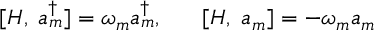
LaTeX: [ H , \; a _ { m } ^ { \dagger } ] = \omega _ { m } a _ { m } ^ { \dagger } , \; \; \; \; \; \; [ H , \; a _ { m } ] = - \omega _ { m } a _ { m }